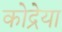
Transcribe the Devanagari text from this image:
कोद्रेया